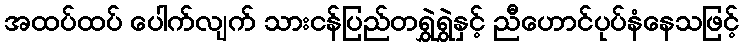
အထပ်ထပ် ပေါက်လျက် သားငန်ပြည်တရွှဲရွှဲနှင့် ညီဟောင်ပုပ်နံနေသဖြင့်